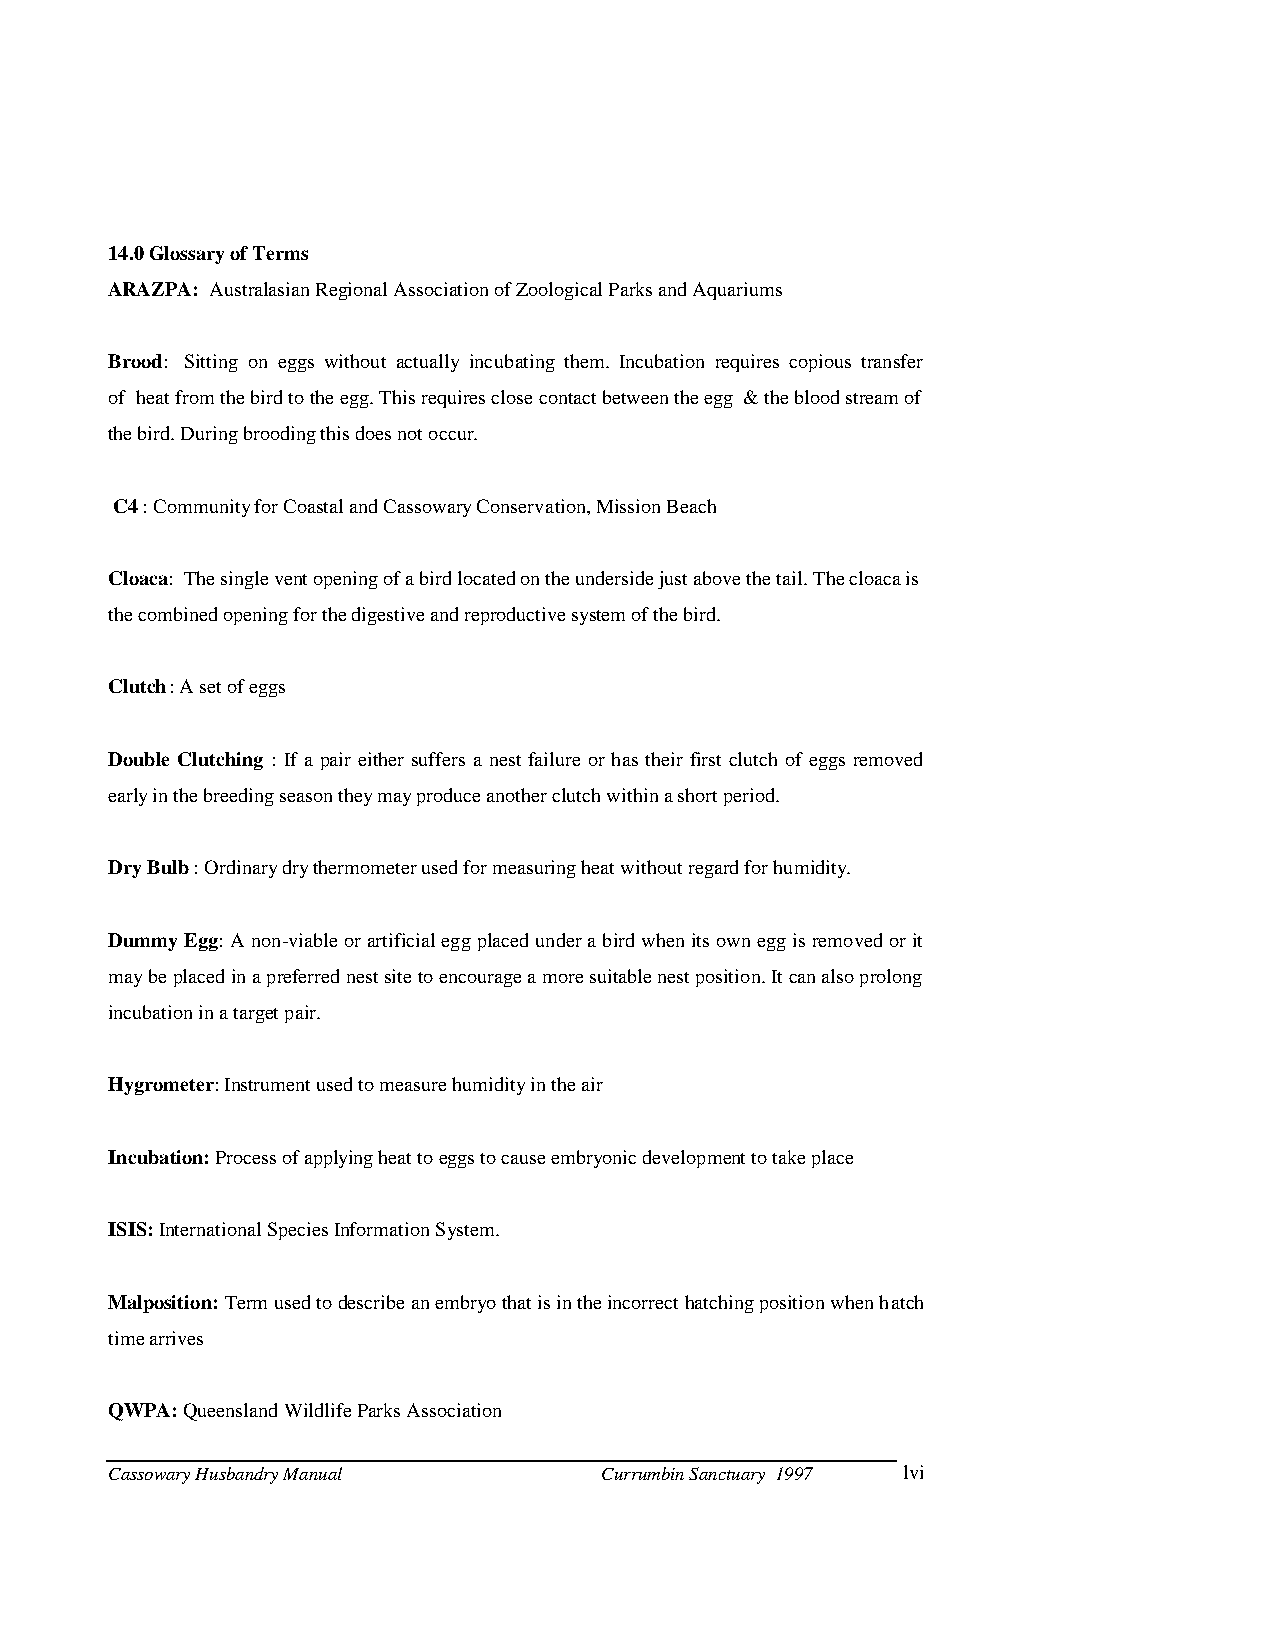
14.0 Glossary of Terms
 ARAZPA: Australasian Regional Association of Zoological Parks and Aquariums
 Brood: Sitting on eggs without actually inc ubating them. Incubation requires copious transfer
 of heat from the bird to the egg. This requires close contact between the egg & the blood stream of
 the bird. During brooding this does not occur.
 C4 : Community for Coastal and Cassowary Conservation, Mission Beach
 Cloaca: The single vent opening of a bird located on the underside just above the tail. The cloaca is
 the combined opening for the digestive and reproductive system of the bird.
 Clutch : A set of eggs
 Double Clutching : If a pair ei ther suffers a nest failure or has their first clutch of eggs removed
 early in the breeding season they may produce another clutch within a short period.
 Dry Bulb : Ordinary dry thermometer used for measuring heat without regard for humidity.
 Dummy Egg: A non-viable or artificial egg placed under a bird when its own egg is removed or it
 may be placed in a preferred nest site to encourage a more suitable nest position. It can also prolong
 incubation in a target pair.
 Hygrometer: Instrument used to measure humidity in the air
 Incubation: Process of applying heat to eggs to cause embryonic development to take place
 ISIS: International Species Information System.
 Malposition: Term used to describe an embryo that is in the incorrect hatching position when hatch
 time arrives
 QWPA: Queensland Wildlife Parks Association
 Cassowary Husbandry Manual       Currumbin Sanctuary 1997 lvi